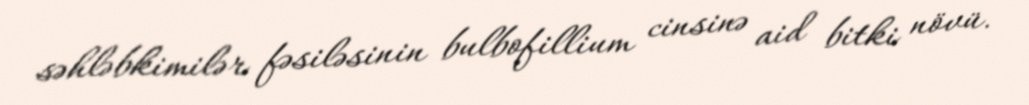
səhləbkimilər fəsiləsinin bulbofillium cinsinə aid bitki növü.